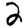
Digit: 2